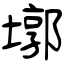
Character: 墎